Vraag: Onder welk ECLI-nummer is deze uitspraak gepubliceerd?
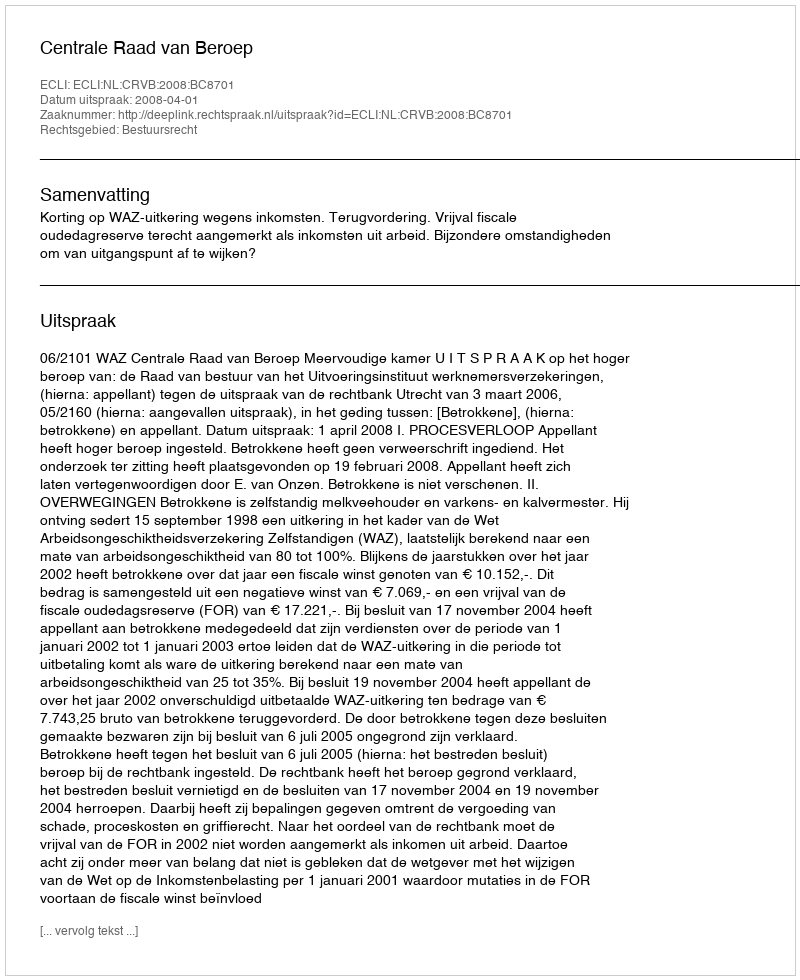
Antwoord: ECLI:NL:CRVB:2008:BC8701